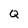
Character: Q